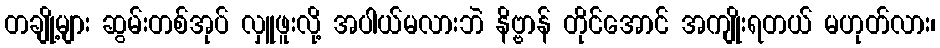
တချို့များ ဆွမ်းတစ်အုပ် လှူဖူးလို့ အပါယ်မလားဘဲ နိဗ္ဗာန် တိုင်အောင် အကျိုးရတယ် မဟုတ်လား၊